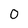
Character: 0